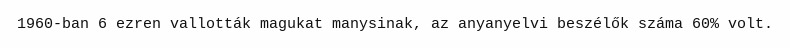
1960-ban 6 ezren vallották magukat manysinak, az anyanyelvi beszélők száma 60% volt.